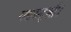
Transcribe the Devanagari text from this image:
यद्यसदृशी।